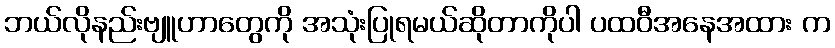
ဘယ်လိုနည်းဗျူဟာတွေကို အသုံးပြုရမယ်ဆိုတာကိုပါ ပထဝီအနေအထား က